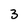
Character: 3